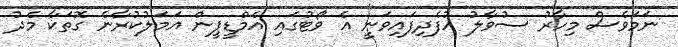
ނަމަވެސް މިހާރު ސުވާލު އުފެދިފައިވަނީ އެ ވޯޓުގައި އެމްޑީޕީން އަމަލުކުރާނެ ގޮތަކާ މެދު